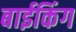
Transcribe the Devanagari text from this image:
बाईकिंग